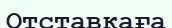
Отставкаға